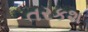
તરકશ